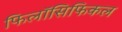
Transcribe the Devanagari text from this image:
फिलॉसिफिकल